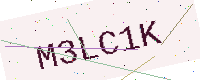
Text: M3LC1K